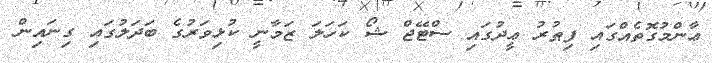
ޢާންމުގޮތެއްގައި ފިޠުރު ޢީދުގައި ސްޓޭޖް ޝޯ ކަހަލަ ޒަމާނީ ކުޅިވަރުގެ ބަދަލުގައި ގިނައިން